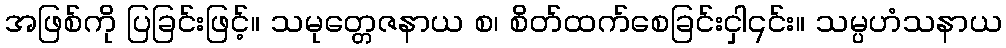
အဖြစ်ကို ပြခြင်းဖြင့်။ သမုတ္တေဇနာယ စ၊ စိတ်ထက်စေခြင်းငှါ၎င်း။ သမ္ပဟံသနာယ